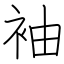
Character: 袖